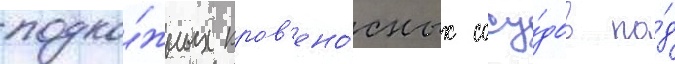
подко́жных кров'ено́сных сосу́дов по́д